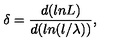
\delta = \frac { d ( l n L ) } { d ( l n ( l / \lambda ) ) } ,